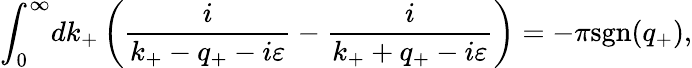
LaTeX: {\int}_{0}^{\infty}dk_{+}\left(\frac{i}{k_{+}-q_{+}-i{\varepsilon}}-\frac{i}{k_{+}+q_{+}-i{\varepsilon}}\right)=-{\pi}\mathrm{sgn}(q_{+}),